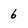
Character: 6